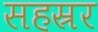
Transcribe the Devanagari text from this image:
सहस्रर